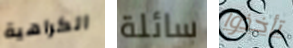
الكراهية سائلة تأخذوا